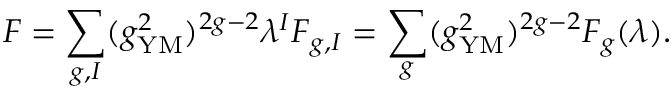
{ \cal F } = \sum _ { g , I } ( g _ { \mathrm { Y M } } ^ { 2 } ) ^ { 2 g - 2 } \lambda ^ { I } { \cal F } _ { g , I } = \sum _ { g } ( g _ { \mathrm { Y M } } ^ { 2 } ) ^ { 2 g - 2 } { \cal F } _ { g } ( \lambda ) .